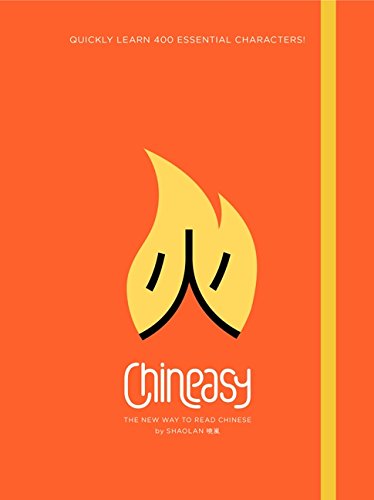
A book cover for Chineasy: The New Way to Read Chinese; ShaoLan Hsueh; Reference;